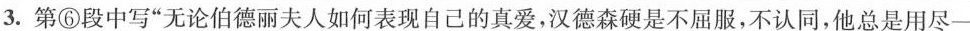
3.第⑥段中写”无论伯德丽夫人如何表现自己的真爱，汉德森硬是不屈服，不认同，他总是用尽一